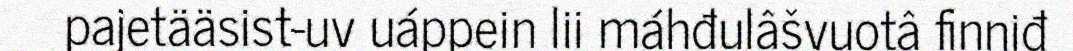
pajetääsist-uv uáppein lii máhđulâšvuotâ finniđ